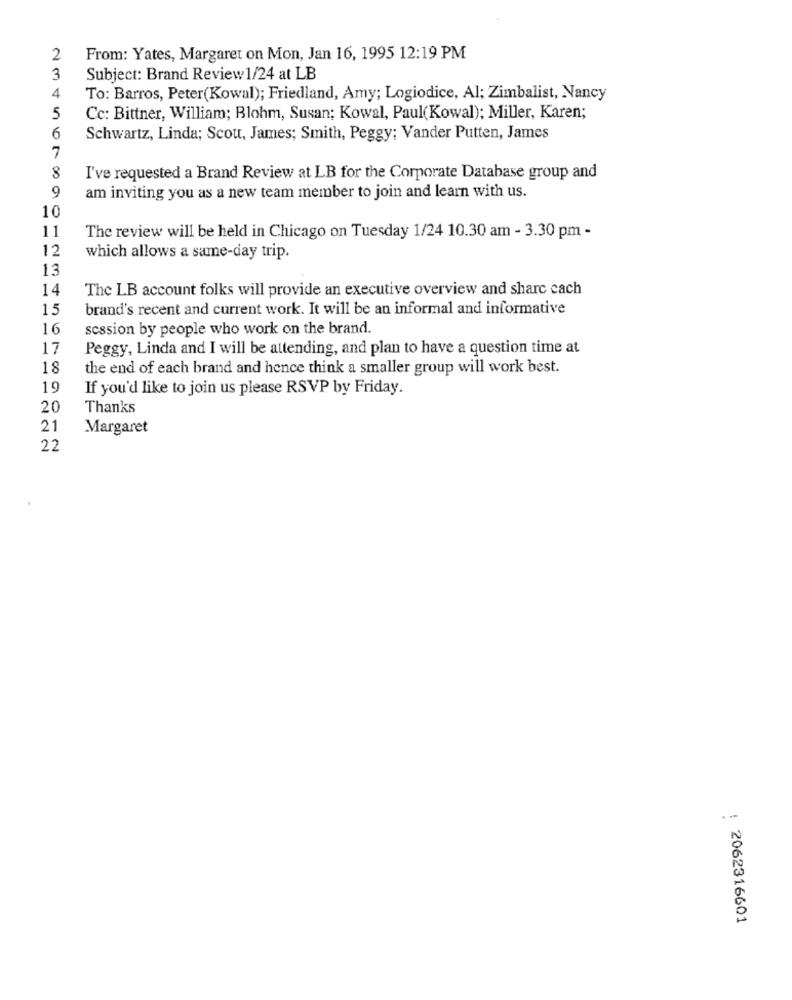
2
From: Yates, Margaret on Mon, Jan 16, 1995 12:19 PM
3
Subject: Brand Review1/24 at LB
4
To: Barros, Peter(Kowal); Friedland, Amy; Logiodice, Al; Zimbalist, Nancy
5
Cc: Bittner, William; Blohm, Susan; Kowal, Paul(Kowal); Miller, Karen;
6
Schwartz, Linda; Scott, James; Smith, Peggy; Vander Putten, James
7
8
I've requested a Brand Review at LB for the Corporate Database group and
9
am inviting you as a new team member to join and learn with us.
10
11
The review will be held in Chicago on Tuesday 1/24 10.30 am - 3.30 pm -
12
which allows a same-day trip.
13
14
The LB account folks will provide an executive overview and share cach
15
brand's recent and current work. It will be an informal and informative
16
session by people who work on the brand.
17
Peggy, Linda and I will be attending, and plan to have a question time at
18
the end of each brand and hence think a smaller group will work best.
19
If you'd like to join us please RSVP by Friday.
20
Thanks
21
Margaret
22
: 2062316601